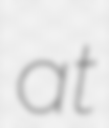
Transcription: at